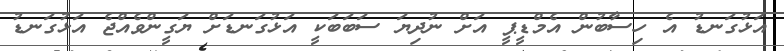
އަޅުގަނޑު އެ ހިސާބުން އެމްޑީޕީ އަށް ނުދިޔަ ސަބަބަކީ އަޅުގަނޑަށް ޔަގީންވެއްޖެ އަޅުގަނޑު